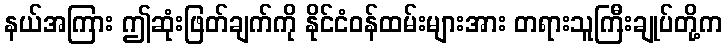
နယ်အကြား ဤဆုံးဖြတ်ချက်ကို နိုင်ငံဝန်ထမ်းများအား တရားသူကြီးချုပ်တို့က